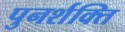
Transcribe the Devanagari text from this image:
पुनर्शक्ति